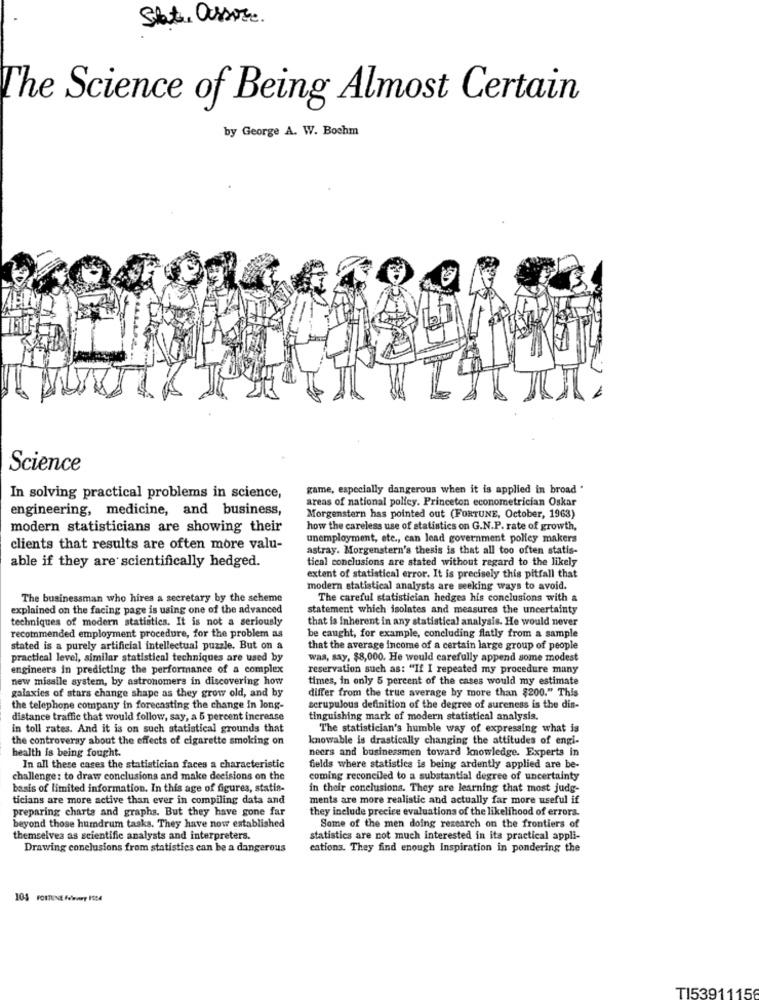
State assore.
The Science of Being Almost Certain
by George A. W. Bochm
Science
game, especially dangerous when it is applied in broad "
In solving practical problems in science,
areas of national polley. Princeton econometrician Oskar
engineering, medicine, and business,
Morgenstern has pointed out (FORTUNE, October, 1963)
modern statisticians are showing their
how the careless use of statistics on G.N.P. rate of growth,
unemployment, etc ., can lead government polley makers
clients that results are often more valu-
astray. Morgenstern's thesis is that all too often statis-
able if they are scientifically hedged.
tical conclusions are stated without regard to the likely
extent of statistical error. It is precisely this pitfall that
modern statistical analysts are seeking ways to avoid.
The businessman who hires a secretary by the scheme
The careful statistician hedges his conclusions with a
explained on the facing page is using one of the advanced
statement which isolates and measures the uncertainty
techniques of modern statistics. It is not a seriously
that is Inherent in any statistical analysis. He would never
recommended employment procedure, for the problem as
be caught, for example, concluding flatly from a sample
stated is a purely artificial intellectual puzzle. But on a
that the average income of a certain large group of people
practical level, similar statistical techniques are used by
was, say, $8,000. He would carefully append some modest
engineers in predicting the performance of a complex
reservation such as: "If I repeated my procedure many
new misalle system, by astronomers in discovering how
times, in only 5 percent of the cases would my estimate
galaxies of stars change shape as they grow old, and by
differ from the true average by more than $200." This
the telephone company in forecasting the change in long-
scrupulous definition of the degree of sureness is the dis-
distance traffic that would follow, say, a 5 percent increase
tinguishing mark of modern statistical analysis.
in toll rates. And it is on such statistical grounds that
The statistician's humble way of expressing what is
the controversy about the effects of cigarette smoking on
knowable is drastically changing the attitudes of engi-
health is being fought.
neers and businessmen toward knowledge. Experts in
In all these cases the statistician faces a characteristic
fields where statistics is being ardently applied are be-
challenge: to draw conclusions and make decisions on the
coming reconciled to a substantial degree of uncertainty
basis of limited information. In this age of figures, statin-
in their conclusions. They are learning that most judg-
ticians are more active than ever in compiling data and
ments are more realistic and actually far more useful if
preparing charts and graphs. But they have gone far
they include precice evaluations of the likelihood of errors.
beyond those humdrum tasks. They have now established
Some of the men doing research on the frontiers of
themselves as scientific analysts and interpreters.
statistics are not much interested in ita practical appli-
Drawing conclusions from statistics can be a dangerous
cations. They find enough Inspiration in pondering the
TI53911156